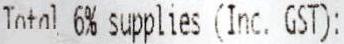
TOTAL 6% SUPPLIES (INC. GST):